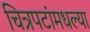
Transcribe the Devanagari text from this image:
चित्रपटांमधल्या